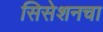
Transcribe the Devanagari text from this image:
सिसेशनचा